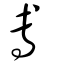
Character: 尃